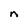
Character: n